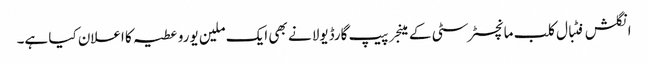
انگلش فٹبال کلب مانچسٹر سٹی کے مینجر پیپ گارڈیولا نے بھی ایک ملین یورو عطیہ کا اعلان کیا ہے۔